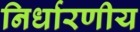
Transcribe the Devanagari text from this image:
निर्धारणीय